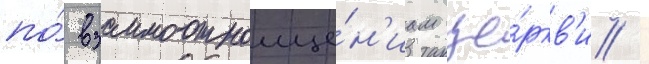
по́ взаимоотноше́н'иам це́ркв'и /